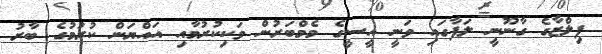
ފިލްޒާގެ ގާނޫނީ ލަފާގައި ވަނީ އީސީގެ މެމްބަރުން ވަކިކުރުމާއި އައްޔަން ކުރުމުގެ ބާރު